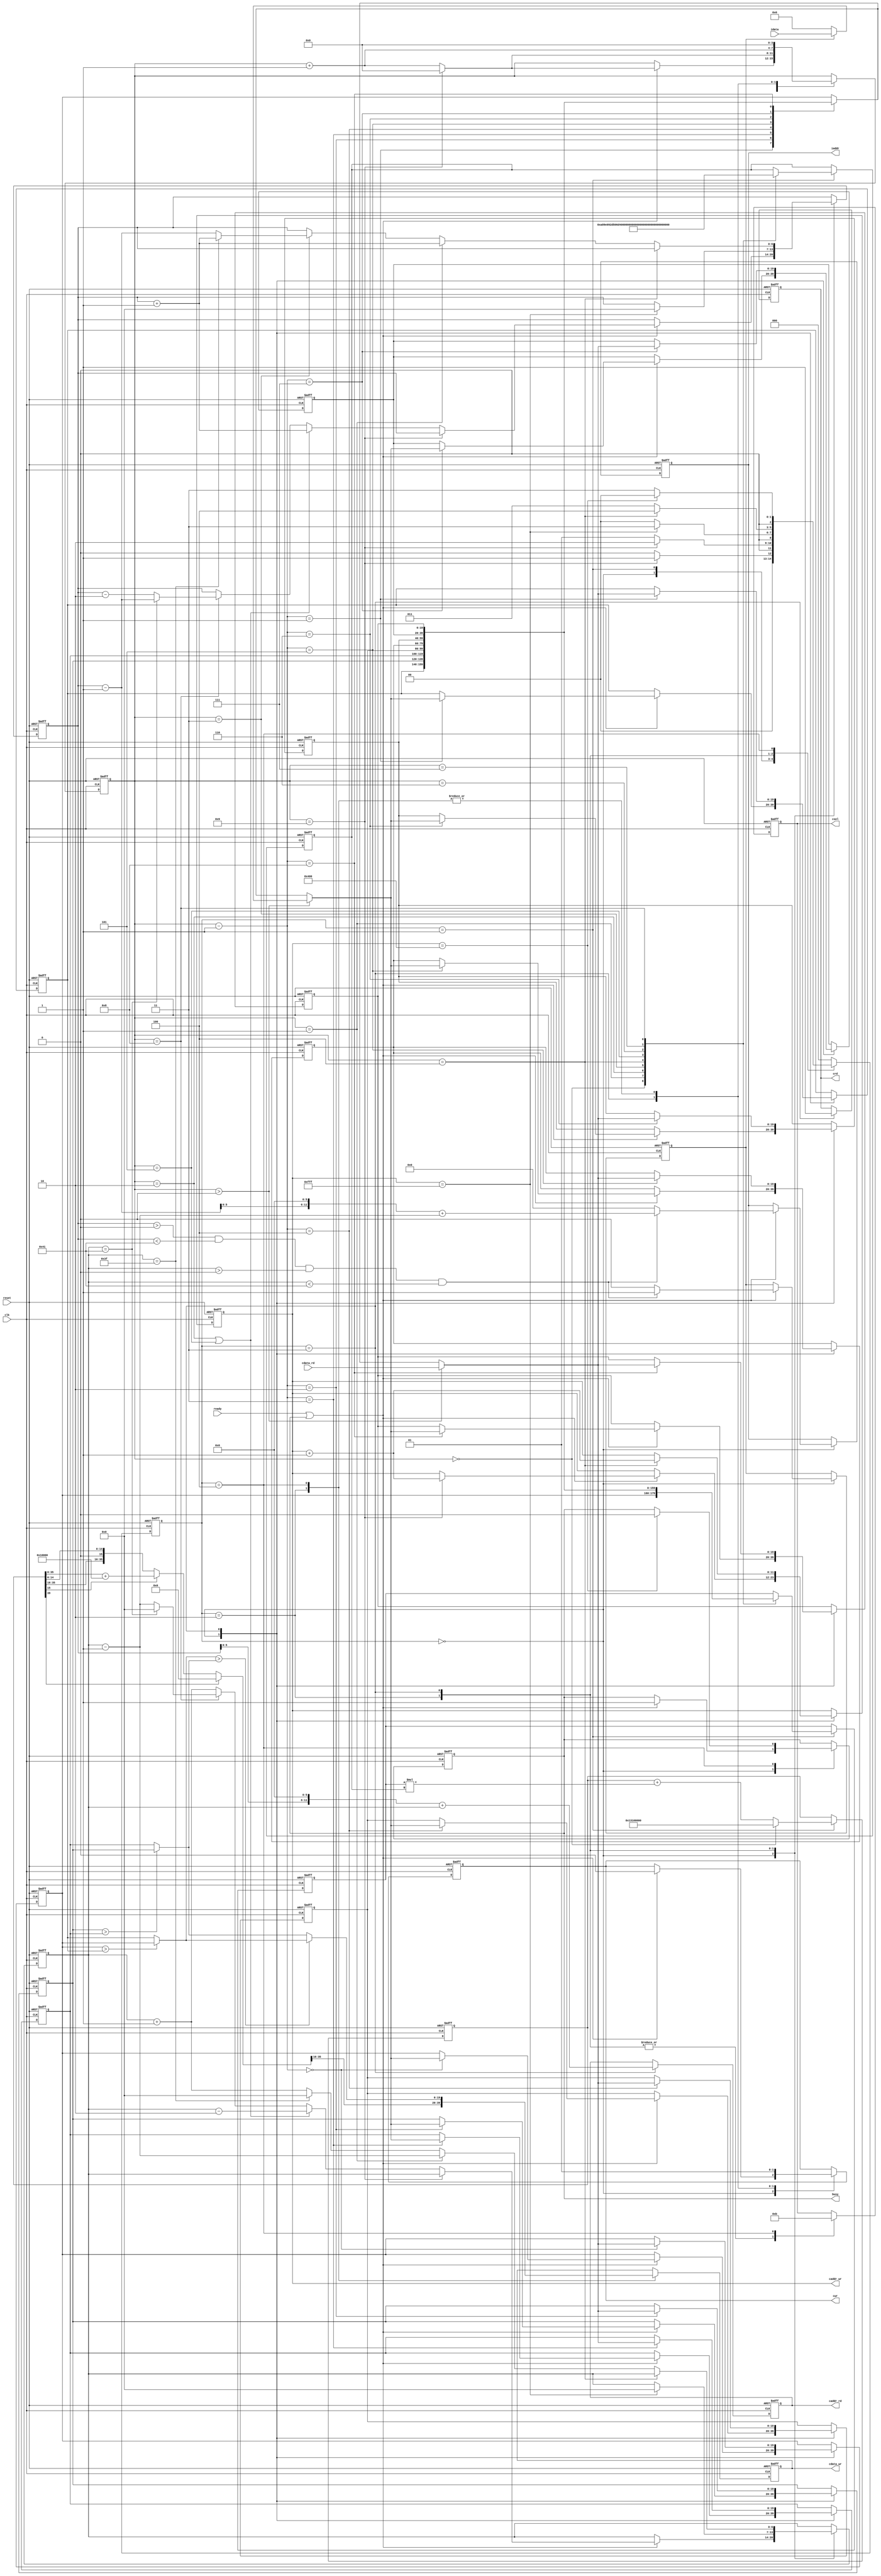
`timescale 1ns/10ps

module  CONV(
	input		clk,
	input		reset,
	output	reg	busy,	
	input		ready,	
			
	output reg	[11:0]	iaddr,
	input	[19:0]	idata,	
	
	output	reg 	cwr,
	output  reg	[11:0]	caddr_wr,
	output reg	[19:0] 	cdata_wr,
	
	output	reg 	crd,
	output reg	[11:0] 	caddr_rd,
	input	[19:0] 	cdata_rd,
	
	output reg	[2:0] 	csel
	);

reg input_valid;
reg [2:0] cur_state,next_state;
reg [3:0] cnt;
reg [6:0] row,col;
reg signed [19:0] buff[0:8],conv_buff,conv_kernel;
reg signed [39:0] conv;

parameter signed [19:0] kernel00 = 20'h0A89E;
parameter signed [19:0] kernel01 = 20'h092D5;
parameter signed [19:0] kernel02 = 20'h06D43;
parameter signed [19:0] kernel10 = 20'h01004;
parameter signed [19:0] kernel11 = 20'hF8F71;
parameter signed [19:0] kernel12 = 20'hF6E54;
parameter signed [19:0] kernel20 = 20'hFA6D7;
parameter signed [19:0] kernel21 = 20'hFC834;
parameter signed [19:0] kernel22 = 20'hFAC19;

wire [39:0] conv_tmp = conv_buff*conv_kernel;
wire [39:0] layer0_res = (conv[39])? 40'd0 : (conv[15])? conv + 40'h0000010000:conv;

wire [19:0] max01 = (buff[0] > buff[1])? buff[0]:buff[1];
wire [19:0] max23 = (buff[2] > buff[3])? buff[2]:buff[3];
wire [19:0] max03 = (max01 > max23)? max01:max23;

always@(posedge clk or posedge reset)
begin
	
	if(reset)
	begin
		
		busy <= 0;
		iaddr <= 12'd0;
		cwr <= 0;
		caddr_wr <= 12'hFFF;
		cdata_wr <= 20'd0;
		crd <= 0;
		caddr_rd <= 12'd0;
		csel <= 3'd0;

		input_valid <= 0;
		cur_state <= 3'd0;
		cnt <= 4'd0;
		row <= 7'd0;
		col <= 7'd0;
		
		buff[0] <= 20'd0;
		buff[1] <= 20'd0;
		buff[2] <= 20'd0;
		buff[3] <= 20'd0;
		buff[4] <= 20'd0;
		buff[5] <= 20'd0;
		buff[6] <= 20'd0;
		buff[7] <= 20'd0;
		buff[8] <= 20'd0;

		conv <= 40'h0013100000;
		conv_buff <= 20'd0;
		conv_kernel <= 20'd0;

	end
	else
	begin
		
		cur_state <= next_state;
		case(cur_state)

		3'd0: // Read input image
		begin
			
			if(ready || busy)
			begin
				
				busy <= 1;
				input_valid <= ((row > 7'd0) && (row < 7'd65) && (col > 7'd0) && (col < 7'd65))? 1:0;
				iaddr <= ((row > 7'd0) && (row < 7'd65) && (col > 7'd0) && (col < 7'd65))? ({5'd0,row - 7'd1} << 6) + {5'd0,col - 7'd1}:12'd0;
				
				cwr <= 0;
				buff[cnt - 4'd1] <= (cnt > 4'd0)? ((input_valid)? {{20{idata[19]}},idata}:40'd0) : buff[cnt - 4'd1];
				cnt <= (cnt == 4'd9)? 4'd0:cnt + 4'd1;

				if(cnt == 4'd9)
					caddr_wr <= caddr_wr + 12'd1;
				else
				begin
					caddr_wr <= caddr_wr;
					row <= ((cnt == 4'd2) || (cnt == 4'd5))? row + 7'd1 : ((cnt == 4'd8)? ((col == 7'd65)? row - 7'd1:row - 7'd2) : row);
					col <= ((cnt == 4'd2) || (cnt == 4'd5))? col - 7'd2 : ((cnt == 4'd8)? ((col == 7'd65)? 7'd0:col - 7'd1) : col + 7'd1);
				end

			end

		end

		3'd1: // Compute convolution
		begin

			cnt <= (cnt == 4'd9)? 4'd0:cnt + 4'd1;
			conv <= (cnt == 4'd0)? 40'h0013100000 : conv + conv_tmp;
			
			case(cnt)

			4'd0:
			begin
				conv_buff <= buff[0];
				conv_kernel <= kernel00;
			end

			4'd1:
			begin
				conv_buff <= buff[1];
				conv_kernel <= kernel01;
			end

			4'd2:
			begin
				conv_buff <= buff[2];
				conv_kernel <= kernel02;
			end

			4'd3:
			begin
				conv_buff <= buff[3];
				conv_kernel <= kernel10;
			end

			4'd4:
			begin
				conv_buff <= buff[4];
				conv_kernel <= kernel11;
			end

			4'd5:
			begin
				conv_buff <= buff[5];
				conv_kernel <= kernel12;
			end

			4'd6:
			begin
				conv_buff <= buff[6];
				conv_kernel <= kernel20;
			end

			4'd7:
			begin
				conv_buff <= buff[7];
				conv_kernel <= kernel21;
			end

			4'd8:
			begin
				conv_buff <= buff[8];
				conv_kernel <= kernel22;
			end

			endcase

		end

		3'd2: // Write data to L0_MEM0
		begin
			
			cwr <= 1;
			cdata_wr <= layer0_res[35:16];
			csel <= 3'b001;
			cnt <= 4'd0;

			if(caddr_wr == 12'hFFF)
			begin
				row <= 7'd0;
				col <= 7'd0;
			end
			else
			begin
				row <= row;
				col <= col;
			end

		end

		3'd3: // Read data from L0_MEM0
		begin
			
			crd <= 1;
			csel <= 3'b001;
			caddr_rd <= ({5'd0,row} << 6) + {5'd0,col};

			cwr <= 0;
			buff[cnt - 4'd1] <= (cnt > 4'd0)? {{20{cdata_rd[19]}},cdata_rd}:buff[cnt - 4'd1];
			cnt <= cnt + 4'd1;

			if(cnt == 4'd4)
				caddr_wr <= caddr_wr + 12'd1;
			else
			begin
				row <= (cnt == 4'd1)? row + 7'd1 : ((cnt == 4'd3)? ((col == 7'd63)? row + 7'd1 : row - 7'd1) : row);
				col <= (cnt == 4'd1)? col - 7'd1 : ((col == 7'd63)? 7'd0 : col + 7'd1);
			end

		end

		3'd4: // Write data to L1_MEM0
		begin

			cwr <= 1;
			csel <= 3'b011;
			cdata_wr <= max03;
			cnt <= 4'd0;

			if(caddr_wr == 12'h400)
				busy <= 0;

		end

		endcase

	end

end

always@(*)
begin
	
	case(cur_state)

	3'd0: // Read input image
	begin
		if(cnt == 4'd9)
			next_state = 3'd1;
		else
			next_state = 3'd0;
	end

	3'd1: // Compute convolution
	begin
		if(cnt == 4'd9)
			next_state = 3'd2;
		else
			next_state = 3'd1;
	end

	3'd2: // Write data to L0_MEM0
	begin
		if(caddr_wr == 12'hFFF)
			next_state = 3'd3;
		else
			next_state = 3'd0;
	end

	3'd3: // Read data from L0_MEM0
	begin
		if(cnt == 4'd4)
			next_state = 3'd4;
		else
			next_state = 3'd3;
	end

	3'd4: // Write data to L1_MEM0
	begin
		if(caddr_wr == 12'h400)
			next_state = 3'd0;
		else
			next_state = 3'd3;
	end

	default:
		next_state = 3'd0;

	endcase

end



endmodule